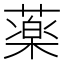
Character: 薬